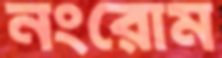
নংরোম